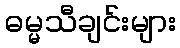
ဓမ္မသီချင်းများ